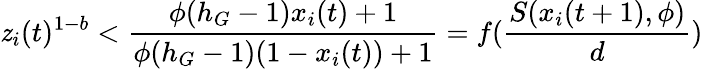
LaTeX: \mathit{z}_{i}(t)^{1-b}<\frac{{\phi(h_{G}-1)x_{i}(t)+1}}{{\phi(h_{G}-1)(1-x_{i}(t))+1}}=f(\frac{{S(x_{i}(t+1),\phi)}}{{d}})